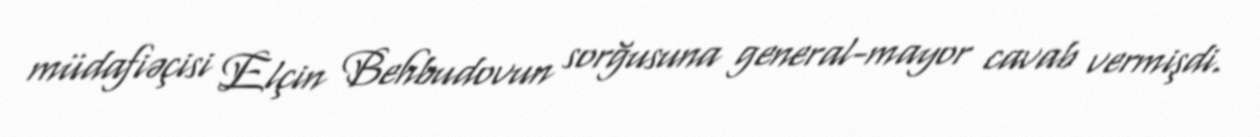
müdafiəçisi Elçin Behbudovun sorğusuna general-mayor cavab vermişdi.